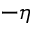
- \eta